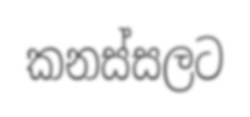
කනස්සලට